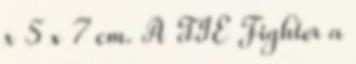
x 5 x 7 cm. A TIE Fighter a